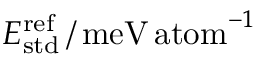
E _ { \mathrm { s t d } } ^ { \mathrm { r e f } } \, / \, \mathrm { m e V \, a t o m } ^ { - 1 }